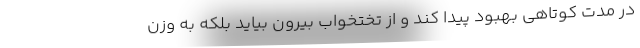
در مدت کوتاهی بهبود پیدا کند و از تختخواب بیرون بیاید بلکه به وزن